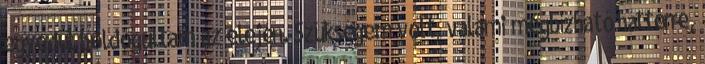
egyedül boldogultam az elején. Szükségem volt, valami megbízható háttérre,